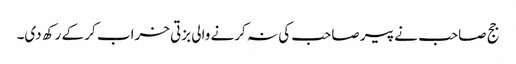
جج صاحب نے پیر صاحب کی نہ کرنے والی بزتی خراب کر کے رکھ دی۔